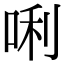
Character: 唎